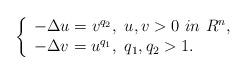
LaTeX: \begin{align*} \left \{ \begin{array}{l} -\Delta u=v^{q_2}, ~u,v>0~in~R^n,\\ -\Delta v=u^{q_1}, ~q_1,q_2>1. \end{array} \right.\end{align*}